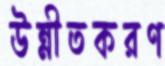
উন্নীতকরণ